Indian journal of veterinary science and animal husbandry - Volume 3,
Year: 1933
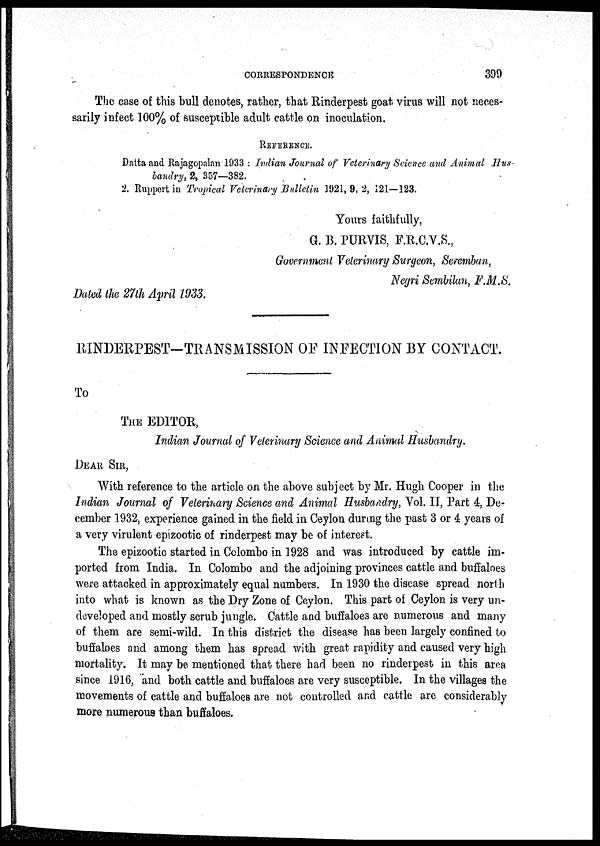
CORRESPONDENCE
399
The case of this bull denotes, rather, that Rinderpest goat virus will not neces-
sarily infect 100% of susceptible adult cattle on inoculation.
REFERENCE.
Datta and Rajagopalan 1933 : Indian Journal of Veterinary Science and Animal Hus-
bandry, 2, 357—382.
2. Ruppert in Tropical Veterinary Bulletin 1921, 9, 2, 121-123.
Yours faithfully,
G. B. PURVIS, F.R.C.V.S.,
Government Veterinary Surgeon, Seremban,
Negri Sembilan, F.M.S.
Dated the 27th April 1933.
RINDERPEST-TRANSMISSION OF INFECTION BY CONTACT.
To
THE EDITOR,
Indian Journal of Veterinary Science and Animal Husbandry.
DEAR SIR,
With reference to the article on the above subject by Mr. Hugh Cooper in the
Indian Journal of Veterinary Science and Animal Husbandry, Vol. II, Part 4, De-
cember 1932, experience gained in the field in Ceylon during the past 3 or 4 years of
a very virulent epizootic of rinderpest may be of interest.
The epizootic started in Colombo in 1928 and was introduced by cattle im-
ported from India. In Colombo and the adjoining provinces cattle and buffaloes
were attacked in approximately equal numbers. In 1930 the disease spread north
into what is known as the Dry Zone of Ceylon. This part of Ceylon is very un-
developed and mostly scrub jungle. Cattle and buffaloes are numerous and many
of them are semi-wild. In this district the disease has been largely confined to
buffaloes and among them has spread with great rapidity and caused very high
mortality. It may be mentioned that there had been no rinderpest in this area
since 1916, and both cattle and buffaloes are very susceptible. In the villages the
movements of cattle and buffaloes are not controlled and cattle are considerably
more numerous than buffaloes.